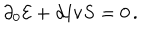
\partial _ { 0 } { \cal E } + { \bf d i v } { \bf S } = 0 \, .